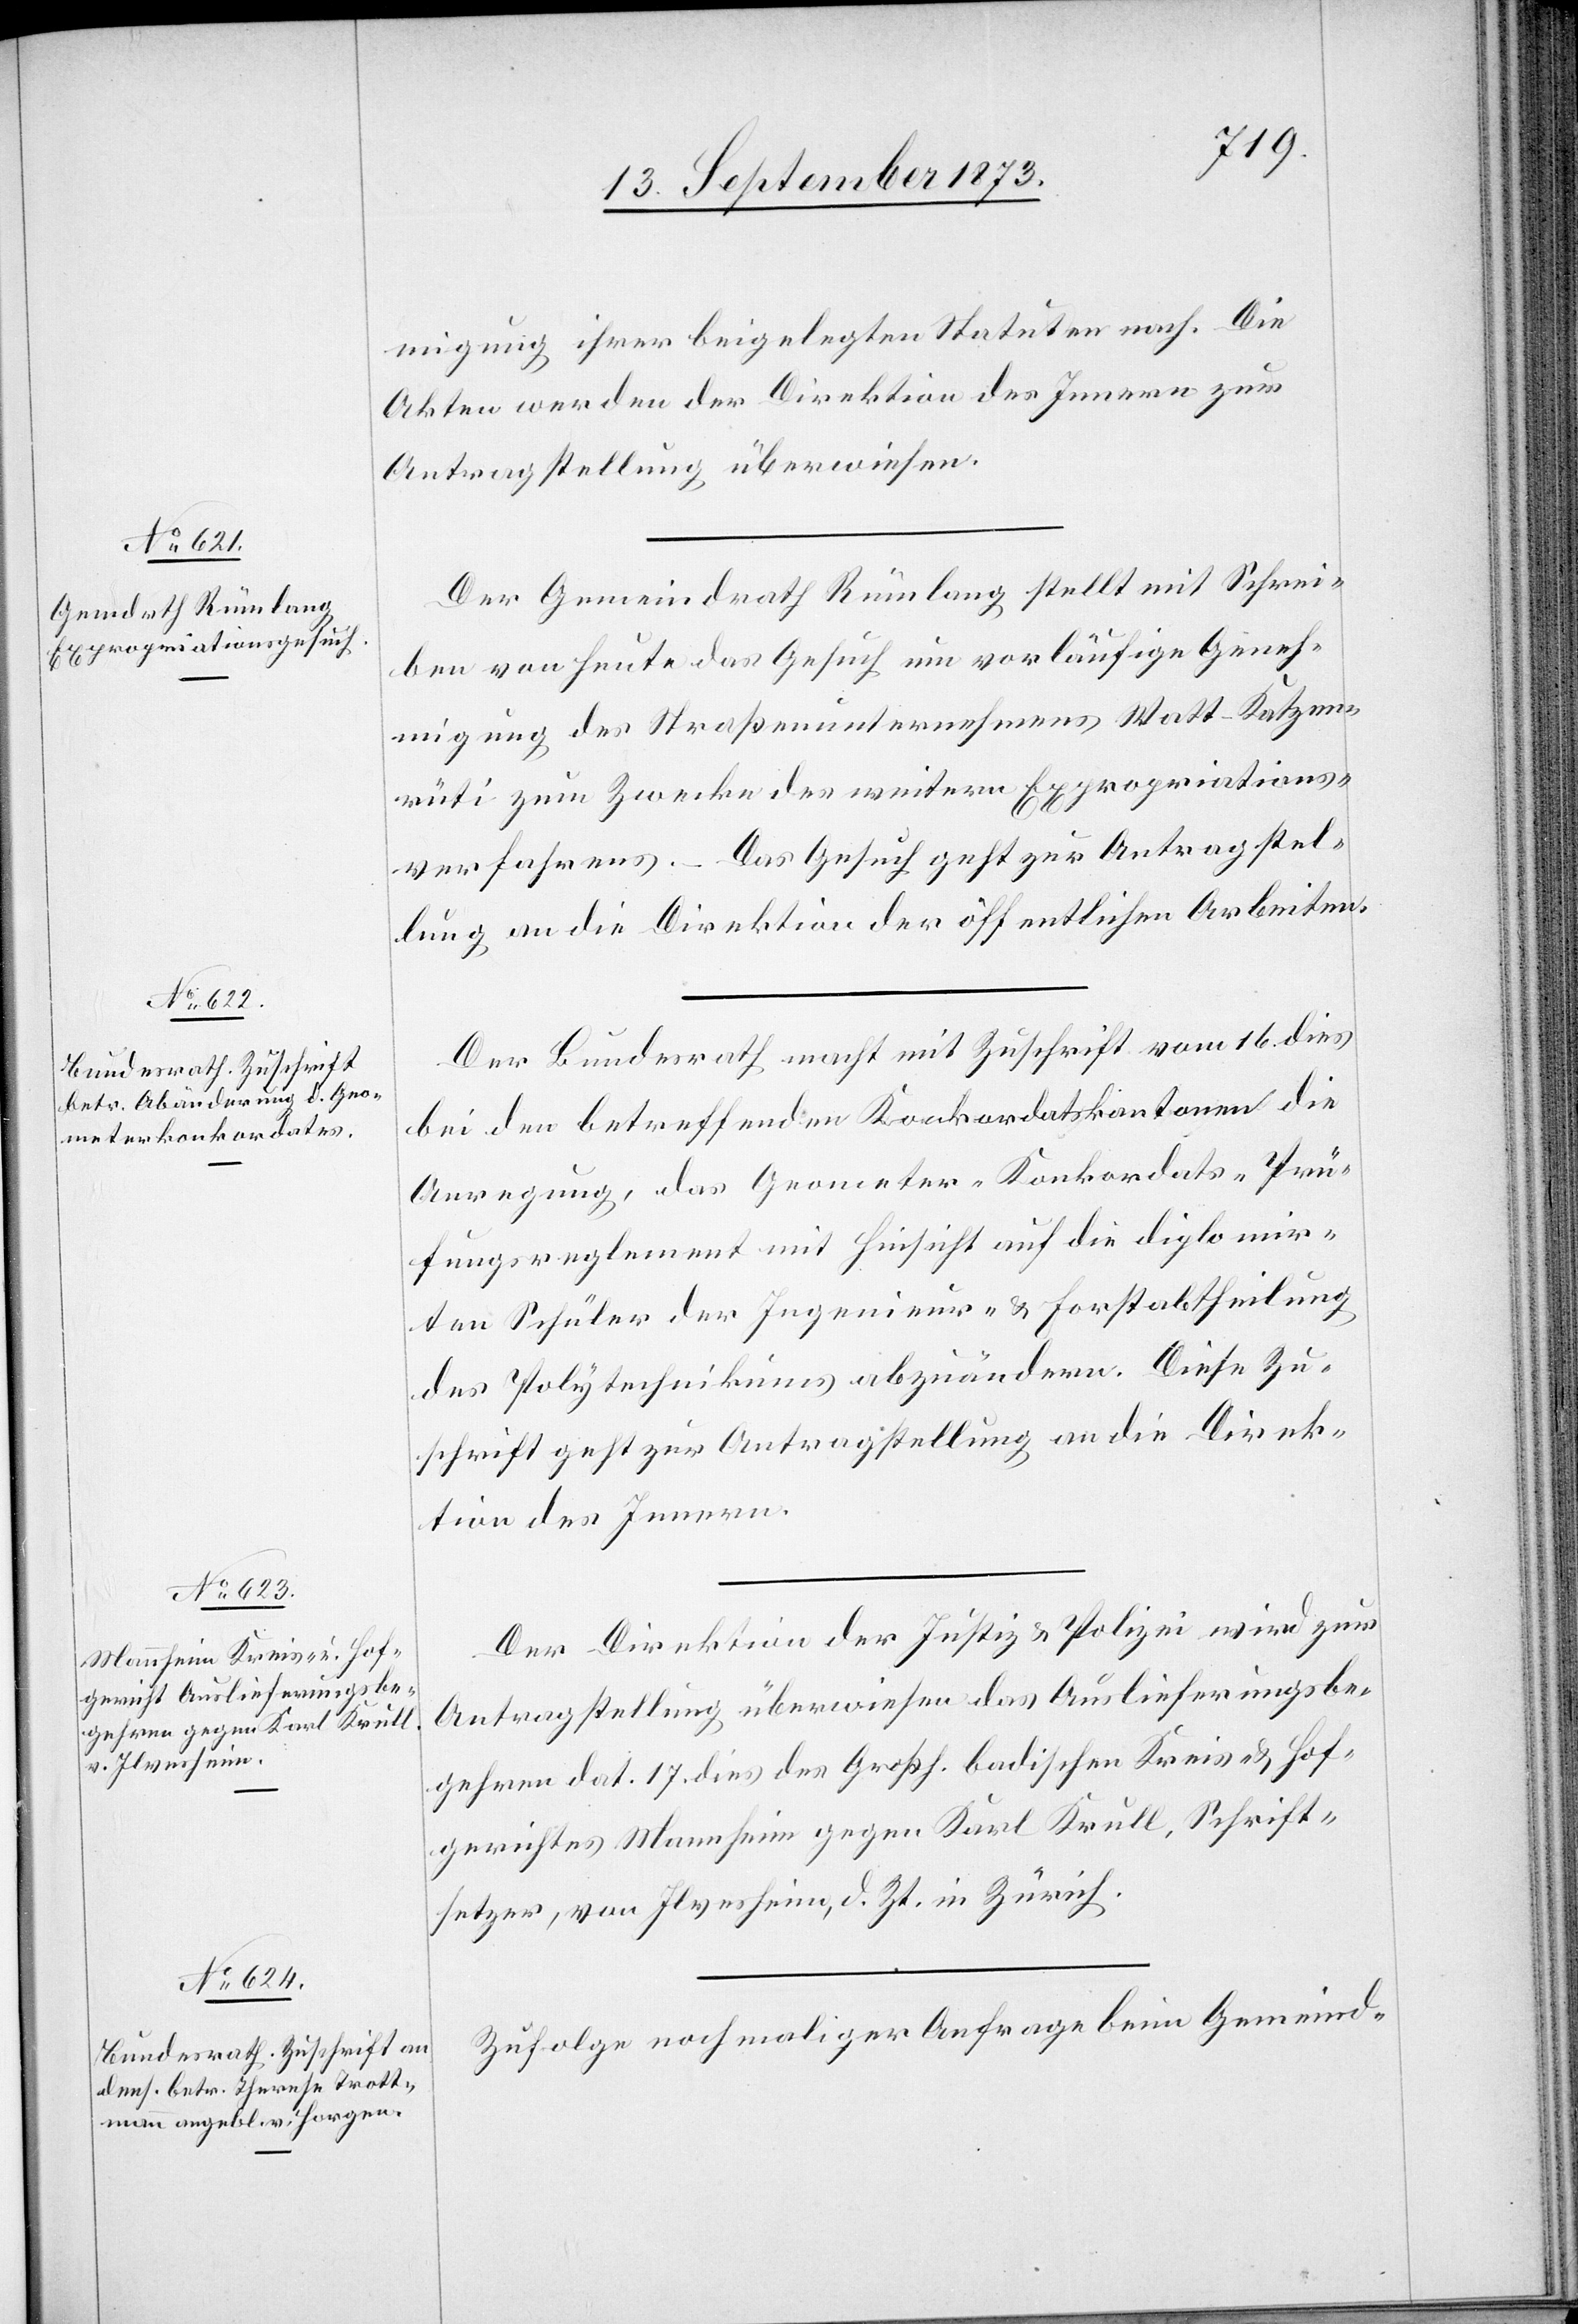
19. September 1873.]
migung ihrer beigelegten Statuten nach. Die
Akten werden der Direktion des Innern zur
Antragstellung überwiesen.
Der Gemeindrath Rümlang stellt mit Schrei¬
ben von heute das Gesuch um vorläufige Geneh¬
migung des Straßenunternehmens Watt–Katzen¬
rüti zum Zwecke des weitern Expropriations¬
verfahrens. – Das Gesuch geht zur Antragstel¬
lung an die Direktion der öffentlichen Arbeiten.
Der Bundesrath macht mit Zuschrift vom 16. dies
bei den betreffenden Konkordatskantonen die
Anregung, das Geometer-Konkordats-Prü¬
fungsreglement mit Hinsicht auf die diplomier¬
ten Schüler der Ingenieur- & Forstabtheilung
des Polytechnikums abzuändern. Diese Zu¬
schrift geht zur Antragstellung an die Direk¬
tion des Innern.
Der Direktion der Justiz & Polizei wird zur
Antragstellung überwiesen das Auslieferungsbe¬
gehren dat. 17. dies des Großh. badischen Kreis- & Hof¬
gerichtes Mannheim gegen Karl Krull, Schrift¬
setzer, von Ilvesheim, d. Zt. in Zürich.
Zufolge nochmaliger Anfrage beim Gemeind-